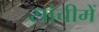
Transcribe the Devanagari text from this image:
सांचीमें